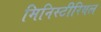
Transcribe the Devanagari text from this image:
मिनिस्टीरियल